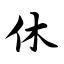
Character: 休